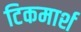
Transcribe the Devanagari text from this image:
टिकमार्श